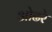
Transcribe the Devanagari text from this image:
ओढरे